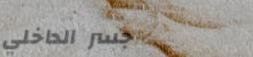
جسر الداخلي